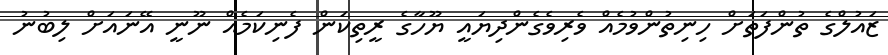
ޒައުލްގެ ތުންފަތަށް ހިނިތުންވުމެއް ވެރިވެގެންދިޔައީ ޔޫހާގެ ރީތިކަން ފެނިކަމެއް ނޫނީ އޭނައަށް ލިބުނު